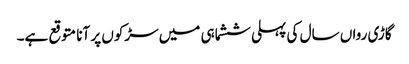
گاڑی رواں سال کی پہلی ششماہی میں سڑکوں پر آنا متوقع ہے۔